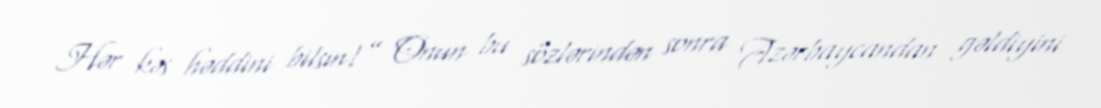
Hər kəs həddini bilsin!” Onun bu sözlərindən sonra Azərbaycandan gəldiyini